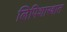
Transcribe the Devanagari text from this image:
लिपिशास्त्रात